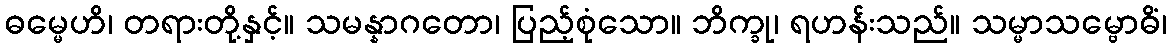
ဓမ္မေဟိ၊ တရားတို့နှင့်။ သမန္နာဂတော၊ ပြည့်စုံသော။ ဘိက္ခု၊ ရဟန်းသည်။ သမ္မာသမ္ဗောဓိံ၊